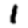
Digit: 1